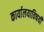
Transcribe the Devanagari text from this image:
कार्यालयाविषयी